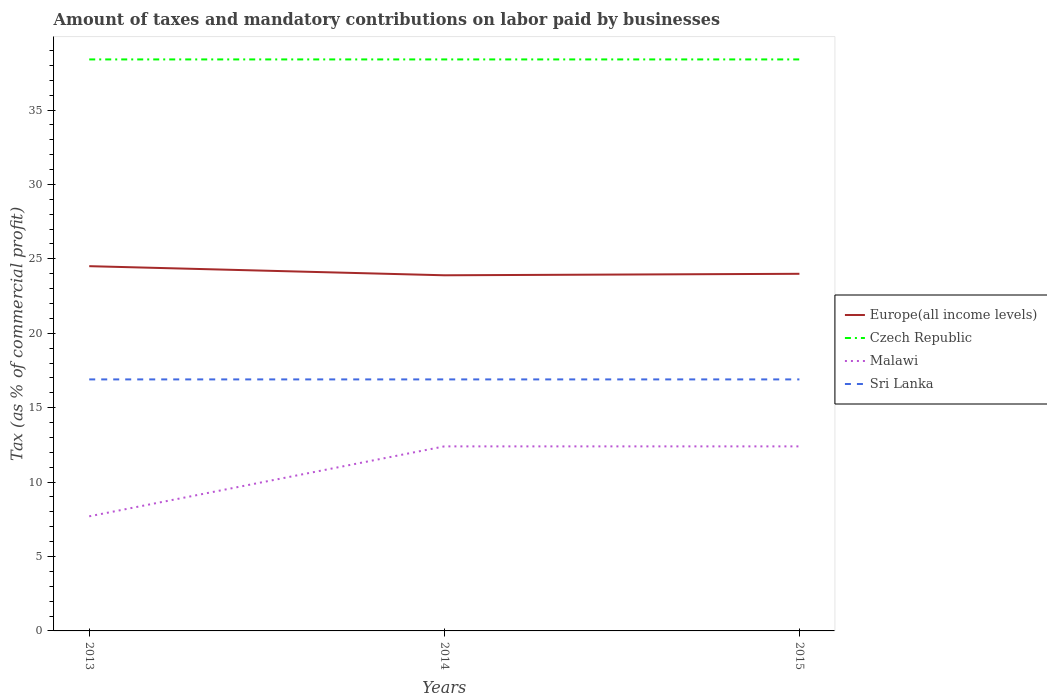
| Years | Europe(all income levels) | Czech Republic | Malawi | Sri Lanka |
 | --- | --- | --- | --- | --- |
 | 2013 | 24.5 | 38.4 | 7.7 | 16.9 |
 | 2014 | 23.9 | 38.4 | 12.4 | 16.9 |
 | 2015 | 24 | 38.4 | 12.4 | 16.9 |